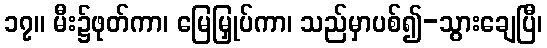
၁၇။ မီး၌ဖုတ်ကာ၊ မြေမြှုပ်ကာ၊ သည်မှာပစ်၍-သွားချေပြီ၊